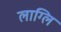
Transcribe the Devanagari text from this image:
लाग्लि